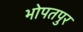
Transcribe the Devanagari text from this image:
भोपतपुर